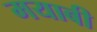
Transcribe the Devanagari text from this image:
मयाबी